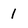
Character: 1